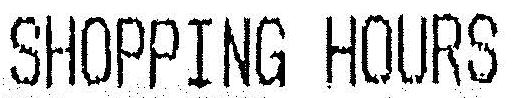
SHOPPING HOURS